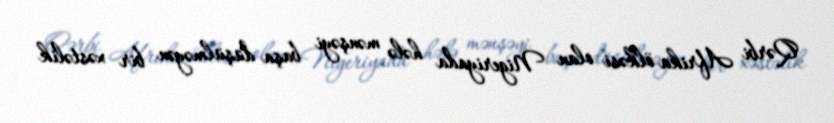
Qərbi Afrika ölkəsi olan Nigeriyada hələ mənşəyi başa düşülməyən bir xəstəlik